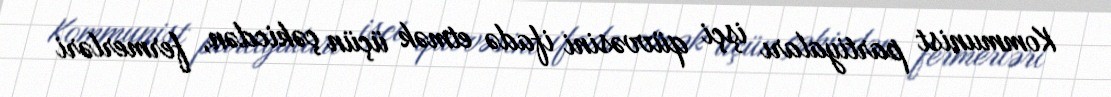
Kommunist partiyaları işçi qüvvəsini ifadə etmək üçün çəkicdən, fermerləri